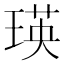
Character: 瑛